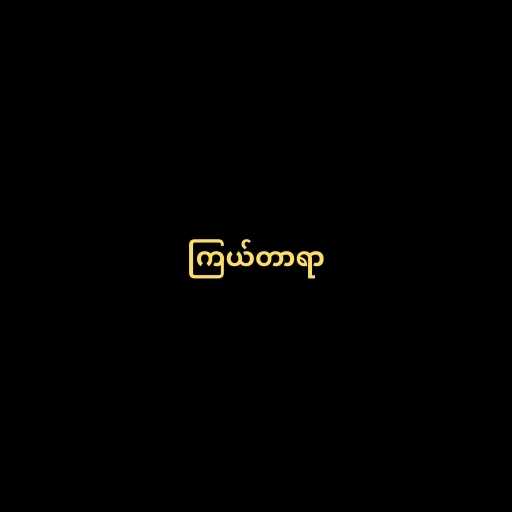
ကြယ်တာရာ